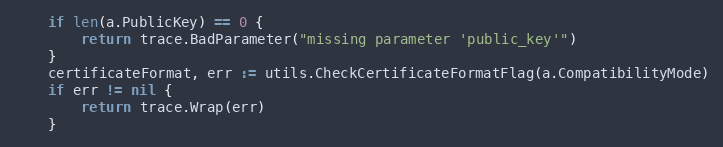
Language: Go
	if len(a.PublicKey) == 0 {
		return trace.BadParameter("missing parameter 'public_key'")
	}
	certificateFormat, err := utils.CheckCertificateFormatFlag(a.CompatibilityMode)
	if err != nil {
		return trace.Wrap(err)
	}